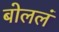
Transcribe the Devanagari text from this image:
बोललं